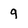
Character: 9